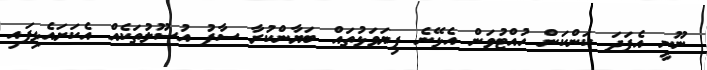
ނޫނީ އެފަދަ ކަންކަން ހުއްޓުވަން އެޅޭނެ ފިޔަވަޅުތައް ބަޔާންކުރާ ސާފު އުސޫލުތަކެއް އެކަށައެޅިފައި